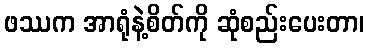
ဖဿက အာရုံနဲ့စိတ်ကို ဆုံစည်းပေးတာ၊